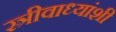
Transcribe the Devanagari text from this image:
स्त्रीवाध्यांशी